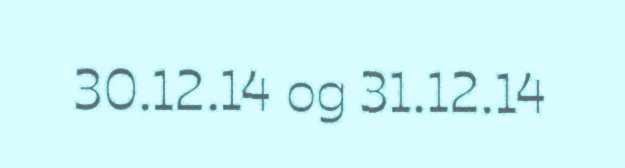
30.12.14 og 31.12.14